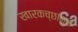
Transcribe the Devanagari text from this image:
खारकच्छांमुळे